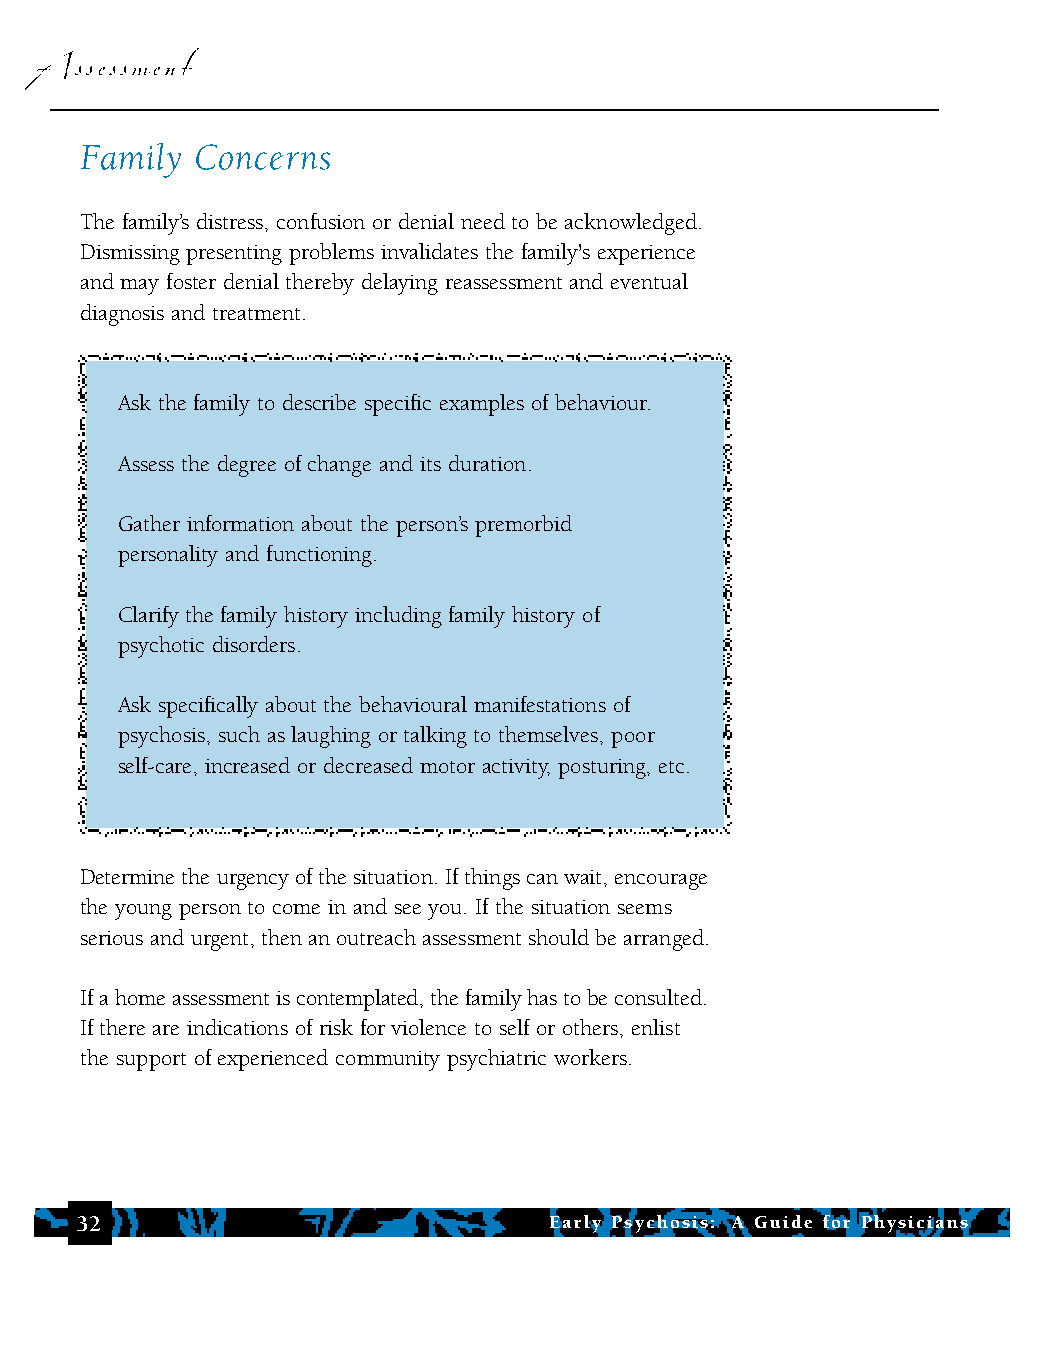
Assessment
 Family  Concerns
 The family’s distress, confusion or denial need to be acknowledged.
 Dismissing presenting problems invalidates the family's experience
 and may foster denial thereby delaying reassessment and eventual
 diagnosis and treatment.
 Ask the family to describe specific examples of behaviour.
 Assess the degree of change and its duration.
 Gather information about the person’s premorbid
 personality and functioning.
 Clarify the family history including family history of
 psychotic disorders.
 Ask specifically about the behavioural manifestations of
 psychosis, such as laughing or talking to themselves, poor
 self-care, increased or decreased motor activity, posturing, etc.
 Determine the urgency of the situation. If things can wait, encourage
 the young person to come in and see you. If the situation seems
 serious and urgent, then an outreach assessment should be arranged.
 If a home assessment is contemplated, the family has to be consulted.
 If there are indications of risk for violence to self or others, enlist
 the support of experienced community psychiatric workers.
 32                             Early Psychosis: A Guide for Physicians